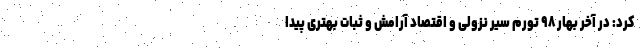
کرد: در آخر بهار ۹۸ تورم سیر نزولی و اقتصاد آرامش و ثبات بهتری پیدا